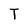
Character: T